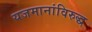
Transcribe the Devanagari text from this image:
यजमानांविरुद्ध